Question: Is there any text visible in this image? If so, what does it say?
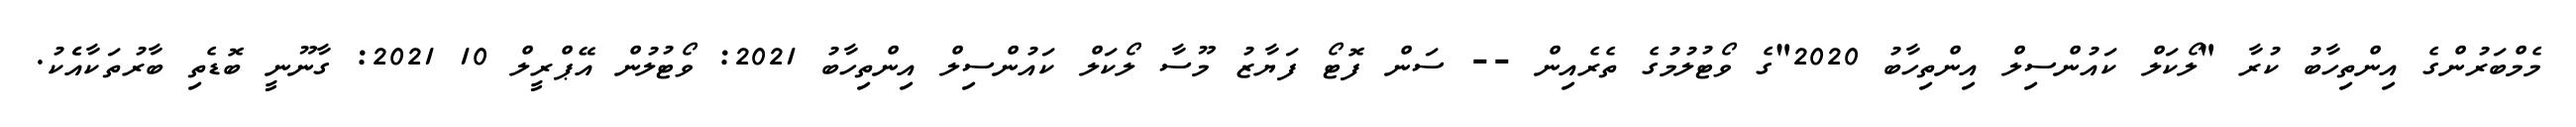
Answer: މެމްބަރުންގެ އިންތިހާބު ކުރާ "ލޯކަލް ކައުންސިލް އިންތިހާބު 2020"ގެ ވޯޓުލުމުގެ ތެރެއިން -- ސަން ފޮޓޯ ފަޔާޒު މޫސާ ލޯކަލް ކައުންސިލް އިންތިހާބު 2021: ވޯޓުލުން އޭޕްރީލް 10 2021: ގާނޫނީ ބޮޑެތި ބާރުތަކާއެެކު.